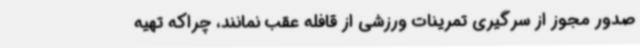
صدور مجوز از سرگیری تمرینات ورزشی از قافله عقب نمانند، چراکه تهیه